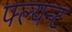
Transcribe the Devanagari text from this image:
फ्ल्यन्ट